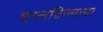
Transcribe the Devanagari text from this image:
घालविण्याचा